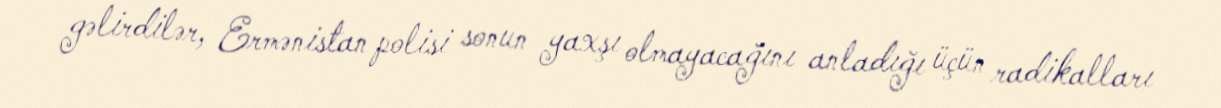
gəlirdilər, Ermənistan polisi sonun yaxşı olmayacağını anladığı üçün radikalları